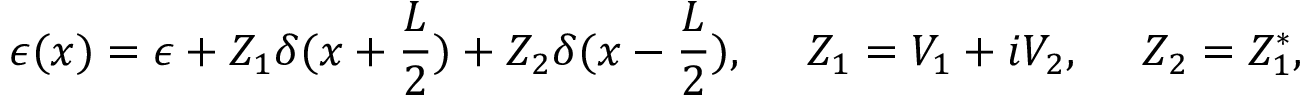
\epsilon ( x ) = \epsilon + Z _ { 1 } \delta ( x + \frac { L } { 2 } ) + Z _ { 2 } \delta ( x - \frac { L } { 2 } ) , \ \ \ \ Z _ { 1 } = V _ { 1 } + i V _ { 2 } , \ \ \ \ Z _ { 2 } = Z _ { 1 } ^ { * } ,